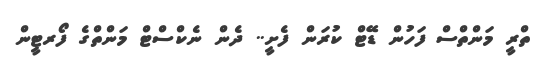
ތްރީ މަންތްސް ފަހުން ޑޭޓް ކުރަން ފެށީ.. ދެން ނެކްސްޓް މަންތްގެ ފޯރޓީން